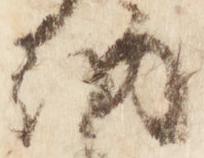
納